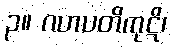
၃။ ဂဟပတိကုဋိ၊